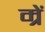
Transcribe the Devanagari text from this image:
म्रें